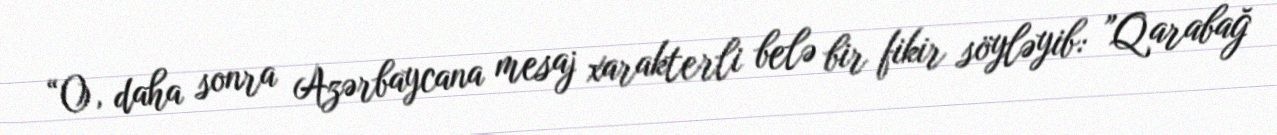
“O, daha sonra Azərbaycana mesaj xarakterli belə bir fikir söyləyib: ”Qarabağ